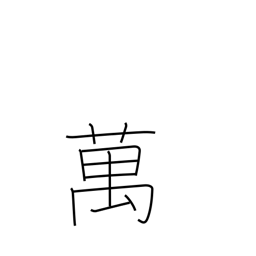
Meaning: 10,000